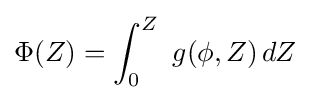
\Phi (Z)=\int _{0}^{Z}\ g(\phi ,Z)\,dZ